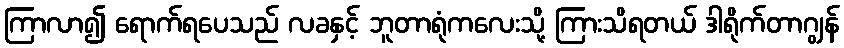
ကြာလာ၍ ရောက်ရပေသည် လခနှင့် ဘူတာရုံကလေးသို့ ကြားသိရတယ် ဒါရိုက်တာဂျွန်